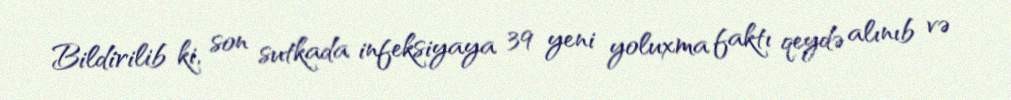
Bildirilib ki, son sutkada infeksiyaya 39 yeni yoluxma faktı qeydə alınıb və